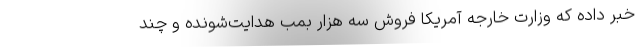
خبر داده که وزارت خارجه آمریکا فروش سه هزار بمب هدایت‌شونده و چند